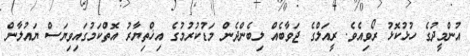
އުންމީދުގެ ހުޅުކޮޅު ރޯވިއެވެ. ރީއަލްގެ ޖަވާބެއް ލިބެންދެން މަޑުކުރުމުގެ އިޚްތިޔާރު އޮތްކަމުގައިވިޔަސް ޔައުލާން